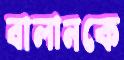
বালানকে